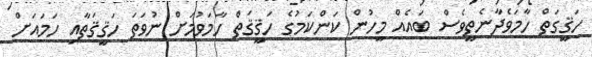
ހަޤީގަތް ހާމަވެދާނެތީވެސް ބައެއް މީހުން ކަންކަމުުގެ ހަޤީޤަތް ހާމަވުމަށް ނުވަތަ ހަޤީޤަތާއި ހަމައަށް